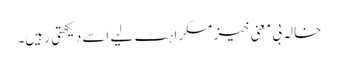
خالہ بی معنی خیز مسکراہٹ لیے اسے دیکھتی رہیں۔